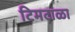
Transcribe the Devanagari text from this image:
टिमटाळा